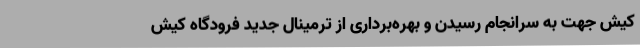
کیش جهت به سرانجام رسیدن و بهره‌برداری از ترمینال جدید فرودگاه کیش